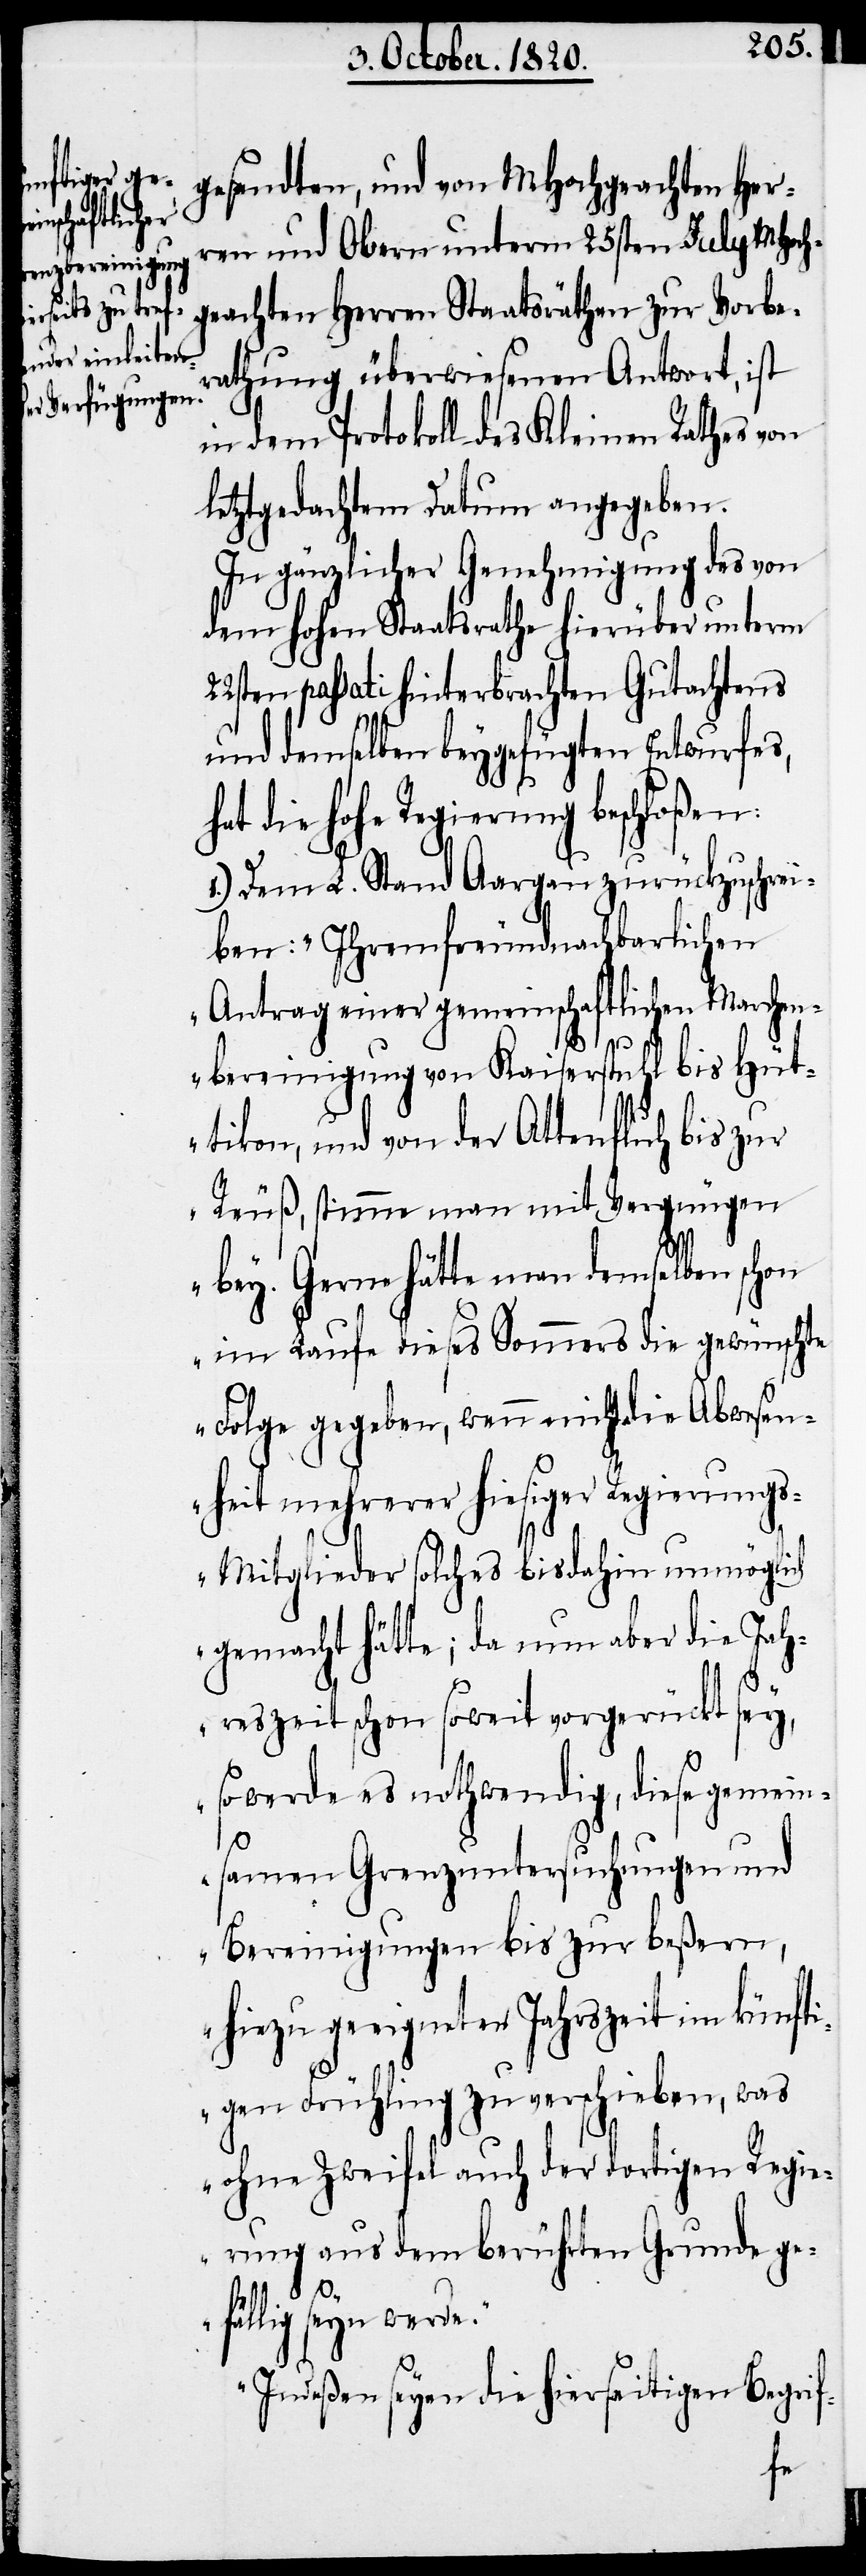
22s¬
gesandten, und von MHochgeachten Her¬
ren und Obern unterm 25sten July MHoch¬
geachten Herren Staatsräthen zur Vorbe¬
rathung überwiesenen Antwort, ist
in dem Protokoll des Kleinen Rathes von
letztgedachtem Datum angegeben.
In gänzlicher Genehmigung des von
dem hohen Staatsrathe hierüber unterm
ten passati hinterbrachten Gutachtens
und demselben beygefügten Entwurfes,
die hohe Regierung beschloßen:
1.) Dem L. Stand Aargau zurückzuschrei¬
ben: „Ihrem freundnachbarlichen
Antrag einer gemeinschaftlichen Marchen¬
bereinigung von Kaiserstuhl bis Hüt¬
tikon, und von der Altenfluch bis zur
Reuß, stimme man mit Vergnügen
bey. Gern hätte man demselben schon
im Laufe dieses Sommers die gewünschte
Folge gegeben, wenn nicht die Abwesen¬
heit mehrerer hiesiger Regierung¬
s-Mitglieder solches bis dahin unmöglich
gemacht hätte, da nun aber die Jah¬
reszeit schon soweit vorgerückt sey,
so werde es nothwendig, diese gemein¬
samen Grenzuntersuchungen und
Bereinigungen bis zur beßern,
hiezu geeigneten Jahreszeit im künfti¬
gen Frühling zu verschieben, was
ohne Zweifel auch der dortigen Regie¬
rung aus dem berührten Grunde ge¬
yn werde.
fällig
Indeßen seyen die hierseitigen Begrif-
se¬